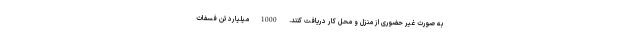
به صورت غیر حضوری از منزل و محل کار دریافت کنند. 1000 میلیارد تن فسفات